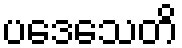
ပဒေသေတိ